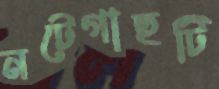
নটেগাছটি